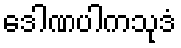
ဒေါဏပါကသုဒံ